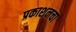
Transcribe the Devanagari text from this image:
प्रकाशनचा